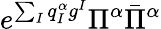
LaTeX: e^{\sum_{I}q_{I}^{\alpha}g^{I}}\Pi^{\alpha}\bar{\Pi}^{\alpha}